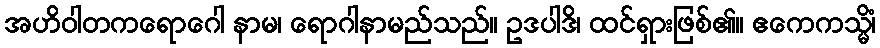
အဟိဝါတကရောဂေါ နာမ၊ ရောဂါနာမည်သည်။ ဥဒပါဒိ၊ ထင်ရှားဖြစ်၏။ ဧကေကသ္မိံ၊